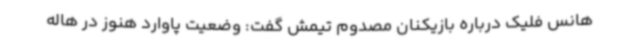
هانس فلیک درباره بازیکنان مصدوم تیمش گفت: وضعیت پاوارد هنوز در هاله